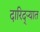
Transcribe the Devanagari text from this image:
दारिद्‌ऱ्यात